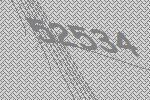
52534